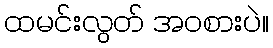
ထမင်းလွတ် အဝစားပဲ။